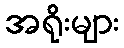
အရိုးများ